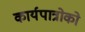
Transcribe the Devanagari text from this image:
कार्यपात्रोको